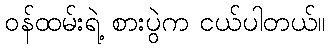
ဝန်ထမ်းရဲ့ စားပွဲက ငယ်ပါတယ်။